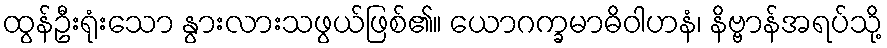
ထွန်ဦးရုံးသော နွားလားသဖွယ်ဖြစ်၏။ ယောဂက္ခမာဓိဝါဟနံ၊ နိဗ္ဗာန်အရပ်သို့